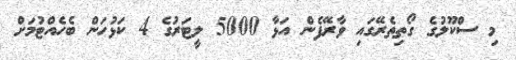
މި ސްކޫލުގެ ގޯތިތެރޭގައި ވާރޭފެން އަޅާ 5000 ލީޓަރުގެ 4 ކަޅުހަން ބެހެއްޓުމަށް